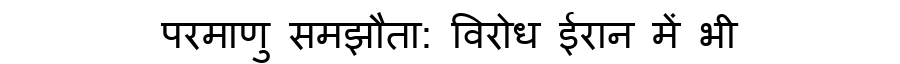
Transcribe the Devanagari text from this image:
परमाणु समझौता: विरोध ईरान में भी